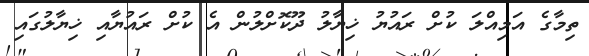
ތިމާގެ އަމިއްލަ ކުށް ރައުޔު ޚިޔާލު ދޫކޮށްލުން އެ ކުށް ރައުޔާއި ޚިޔާލުގައި